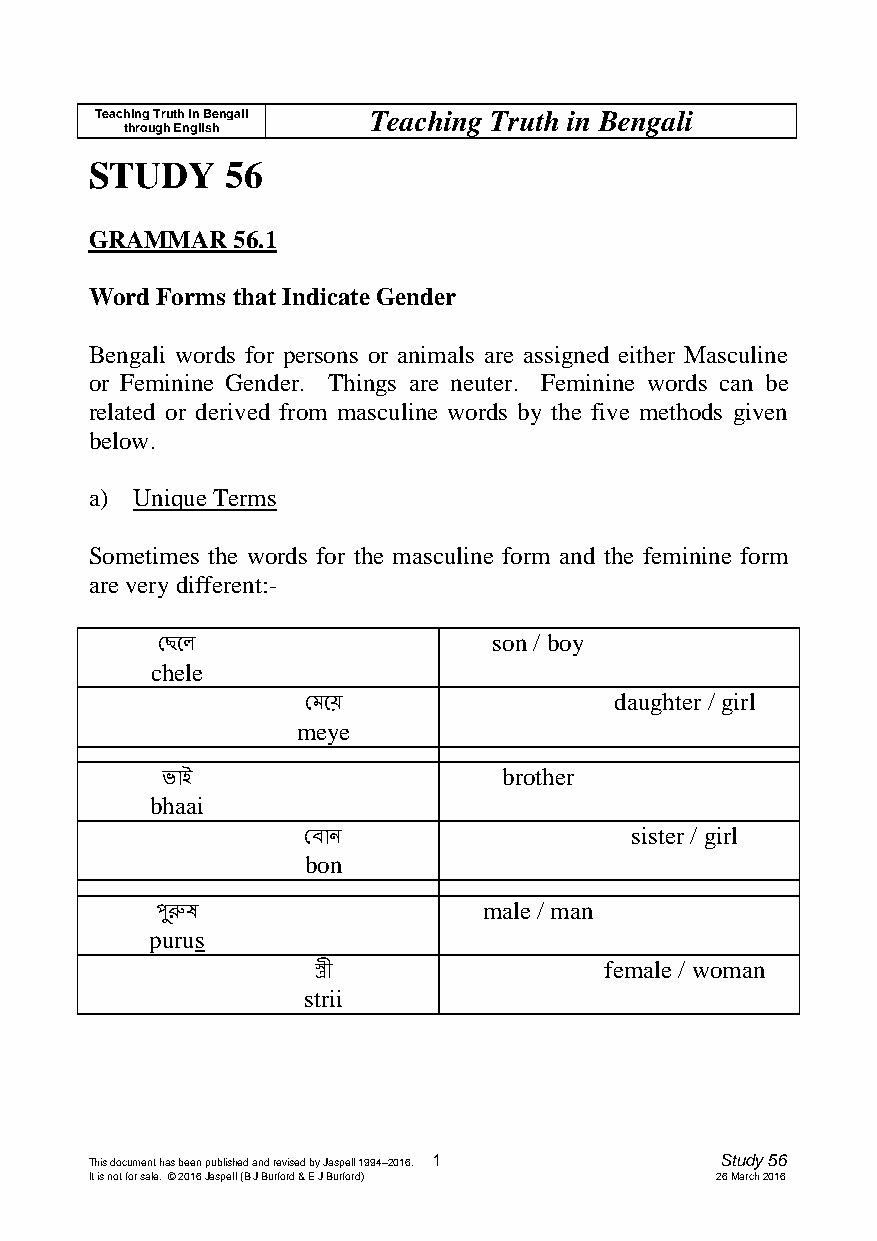
Teaching Truth in Bengali Teaching Truth in Bengali
 through English
 STUDY    56
 GRAMMAR  56.1
 Word Forms that Indicate Gender
 Bengali words for persons or animals are assigned either Masculine
 or Feminine Gender. Things are neuter. Feminine words can be
 related or derived from masculine words by the five methods given
 below.
 a) Unique Terms
 Sometimes the words for the masculine form and the feminine form
 are very different:-
 ছেলে                  son / boy
 chele
 ছেলে                 daughter / girl
 meye
 ভাই                   brother
 bhaai
 ছ ান                  sister / girl
 bon
 পুরুষ                 male / man
 purus
 স্ত্রী             female / woman
 strii
 This document has been published and revised by Jaspell 1994–2016. 1 Study 56
 It is not for sale. © 2016 Jaspell (B J Burford & E J Burford) 26 March 2016